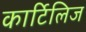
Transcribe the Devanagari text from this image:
कार्टिलिज